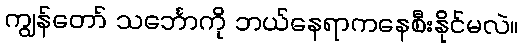
ကျွန်တော် သင်္ဘောကို ဘယ်နေရာကနေစီးနိုင်မလဲ။